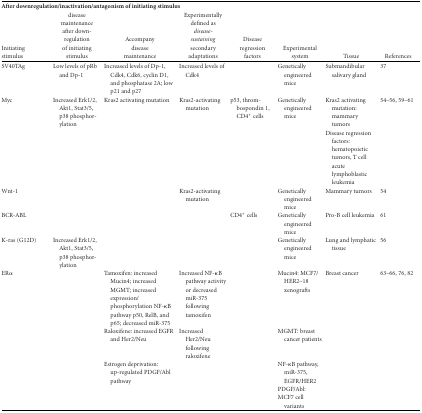
| <COLSPAN=8> After downregulation/inactivation/antagonism of initiating stimulus |
 | Initiating stimulus | disease maintenance after down-regulation of initiating stimulus | Accompany disease maintenance | Experimentally defined as disease-sustaining secondary adaptations | Disease regression factors | Experimental system | Tissue | References |
 | --- | --- | --- | --- | --- | --- | --- | --- |
 | SV40TAg | Low levels of pRb and Dp-1 | Increased levels of Dp-1, Cdk4, Cdk6, cyclin D1, and phosphatase 2A; low p21 and p27 | Increased levels of Cdk4 |  | Genetically engineered mice | Submandibular salivary gland | 37 |
 | Myc | Increased Erk1/2, Akt1, Stat3/5, p38 phosphorylation | Kras2 activating mutation | Kras2-activating mutation | p53, thrombospondin 1, CD4+ cells | Genetically engineered mice | Kras2 activating mutation: mammary tumors | 54–56, 59–61 |
 |  |  |  |  |  |  | Disease regression factors: hematopoietic tumors, T cell acute lymphoblastic leukemia |  |
 | Wnt-1 |  |  | Kras2-activating mutation |  | Genetically engineered mice | Mammary tumors | 54 |
 | BCR-ABL |  |  |  | CD4+ cells | Genetically engineered mice | Pro-B cell leukemia | 61 |
 | K-ras (G12D) | Increased Erk1/2, Akt1, Stat3/5, p38 phosphorylation |  |  |  | Genetically engineered mice | Lung and lymphatic tissue | 56 |
 | ERα |  | Tamoxifen: increased Mucin4; increased MGMT; increased expression/ phosphorylation NF-κB pathway p50, RelB, and p65; decreased miR-375 | Increased NF-κB pathway activity or decreased miR-375 following tamoxifen |  | Mucin4: MCF7/HER2–18 xenografts | Breast cancer | 63–66, 76, 82 |
 |  |  | Raloxifene: increased EGFR and Her2/Neu | Increased Her2/Neu following raloxifene |  | MGMT: breast cancer patients |  |  |
 |  |  | Estrogen deprivation: up-regulated PDGF/Abl pathway |  |  | NF-κB pathway, miR-375, EGFR/HER2 |  |  |
 |  |  |  |  |  | PDGF/Abl: |  |  |
 |  |  |  |  |  | MCF7 cell variants |  |  |